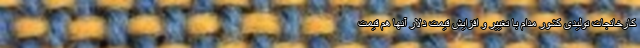
کارخانجات تولیدی کشور مدام با تغییر و افزایش قیمت دلار آنها هم قیمت